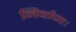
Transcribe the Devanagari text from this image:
निर्वाणः